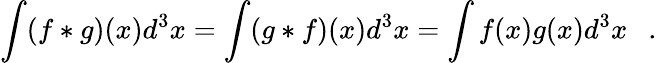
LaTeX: \int(f*g)(x)d^{3}x=\int(g*f)(x)d^{3}x=\int f(x)g(x)d^{3}x~~~.